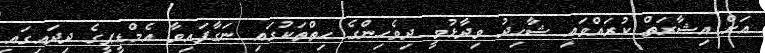
އަށް އިޝާރަތް ކުރައްވައި ޝާހިދު ވިދާޅުވީ ދިވެހިންގެ ހިތްތަކުގައި ނަގާފައިވާ އެމްޑީޕީގެ ދިދައިގައި